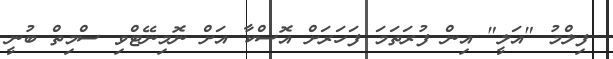
ފިލްމު "އަލީ" އިން ފުރަތަމަ ފަހަރަށް އޮސްކާ އަށް ނޮމިނޭޓްވި ސްމިތް ބުނީ